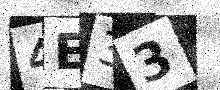
Text: 4E33